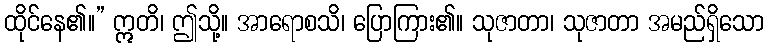
ထိုင်နေ၏။” ဣတိ၊ ဤသို့။ အာရောစသိ၊ ပြောကြား၏။ သုဇာတာ၊ သုဇာတာ အမည်ရှိသော